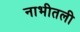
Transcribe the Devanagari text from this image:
नाभीतली